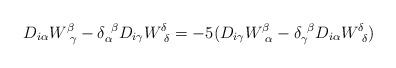
LaTeX: \begin{align*}D_{i\alpha}W^{\beta}_{~\gamma}-\delta_{\alpha}^{~\beta}D_{i\gamma}W^{\delta}_{~\delta}=-5(D_{i\gamma}W^{\beta}_{~\alpha}-\delta_{\gamma}^{~\beta}D_{i\alpha}W^{\delta}_{~\delta})\end{align*}